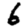
Digit: 6